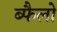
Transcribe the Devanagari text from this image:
ब्फैलो